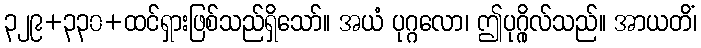
၃၂၉+၃၃၀+ထင်ရှားဖြစ်သည်ရှိသော်။ အယံ ပုဂ္ဂလော၊ ဤပုဂ္ဂိုလ်သည်။ အာယတိံ၊